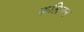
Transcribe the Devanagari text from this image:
कलिनन